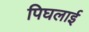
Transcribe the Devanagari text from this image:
पिघलाई